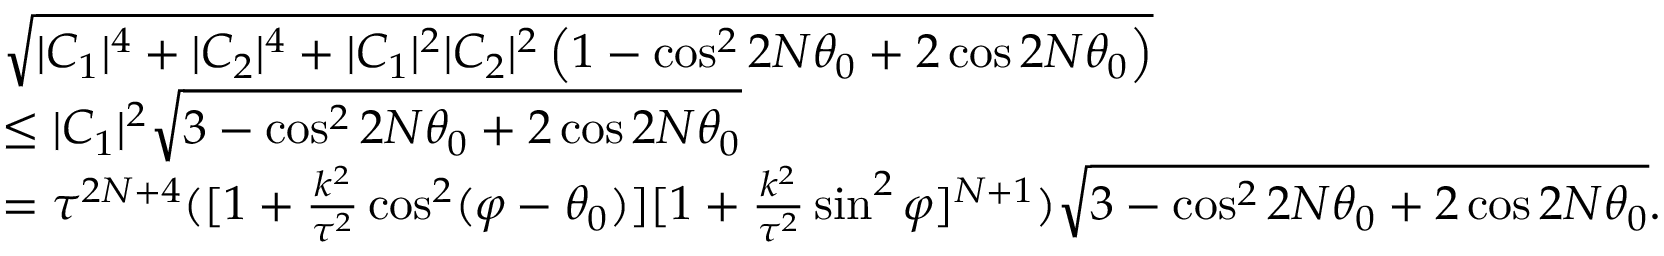
\begin{array} { r l } & { \sqrt { | C _ { 1 } | ^ { 4 } + | C _ { 2 } | ^ { 4 } + | C _ { 1 } | ^ { 2 } | C _ { 2 } | ^ { 2 } \left( 1 - \cos ^ { 2 } 2 N \theta _ { 0 } + 2 \cos 2 N \theta _ { 0 } \right) } } \\ & { \leq | C _ { 1 } | ^ { 2 } \sqrt { 3 - \cos ^ { 2 } 2 N \theta _ { 0 } + 2 \cos 2 N \theta _ { 0 } } } \\ & { = \tau ^ { 2 N + 4 } ( [ 1 + \frac { k ^ { 2 } } { \tau ^ { 2 } } \cos ^ { 2 } ( \varphi - \theta _ { 0 } ) ] [ 1 + \frac { k ^ { 2 } } { \tau ^ { 2 } } \sin ^ { 2 } \varphi ] ^ { N + 1 } ) \sqrt { 3 - \cos ^ { 2 } 2 N \theta _ { 0 } + 2 \cos 2 N \theta _ { 0 } } . } \end{array}